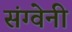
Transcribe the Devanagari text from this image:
संग्वेनी